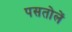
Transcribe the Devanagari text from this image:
पसतोलें